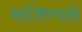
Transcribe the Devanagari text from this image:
कांजिण्याने